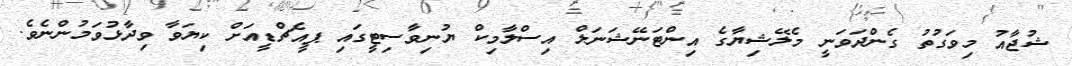
ޝުޖާއު މިވަގުތު ގެންދަވަނީ މެލޭޝިޔާގެ އިންޓަނޭޝަނަލް އިސްލާމިކް ޔުނިވާސިޓީގައި ޕީއެޗްޑީއަށް ކިޔަވާ ވިދާޅުވަމުންނެވެ.